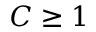
C \geq 1